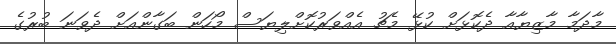
މާދަމާ މާޒިޔާއާ ދެކޮޅަށް ކުޅޭ މެޗު އެއްވަރުކޮށްލިޔަސް މޯހަން ބަގާންއަށް ދެވަނަ ބުރުގެ